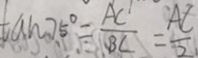
\tan 7 5 ^ { \circ } = \frac { A C } { B C } = \frac { A C } { 2 }